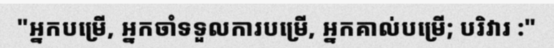
"អ្នកបម្រើ, អ្នកចាំទទួលការបម្រើ, អ្នកគាល់បម្រើ; បរិវារ :"